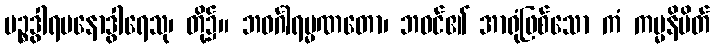
ပဉ္စဒွါရမနောဒွါရေသု၊ တို့၌။ ဘဝင်္ဂါရမ္မဏတော၊ ဘဝင်၏ အာရုံဖြစ်သော ကံ ကမ္မနိမိတ်